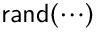
\mathrm { \sf r a n d ( \cdots ) }